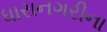
ધારાનગરીના